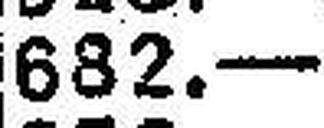
682.—